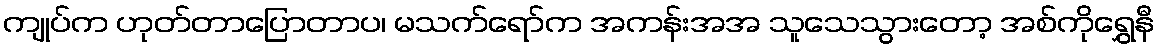
ကျုပ်က ဟုတ်တာပြောတာပ၊ မသက်ရော်က အကန်းအအ သူသေသွားတော့ အစ်ကိုရွှေနီ